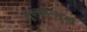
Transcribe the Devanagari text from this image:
मूल्योन्मुख